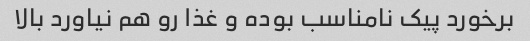
برخورد پیک نامناسب بوده و غذا رو هم نیاورد بالا